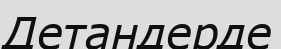
Детандерде